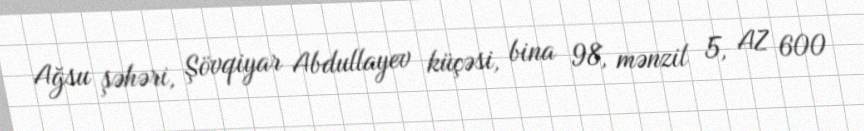
Ağsu şəhəri, Şövqiyar Abdullayev küçəsi, bina 98, mənzil 5, AZ 600